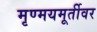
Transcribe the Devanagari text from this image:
मृण्मयमूर्तीवर